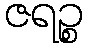
ဇရဉ္စ